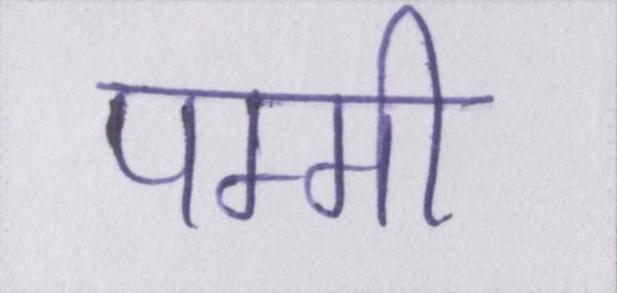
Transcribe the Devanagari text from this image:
पम्मी